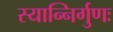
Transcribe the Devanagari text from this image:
स्यान्निर्गुणः